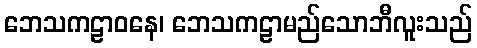
ဘေသကဠာဝနေ၊ ဘေသကဠာမည်သောဘီလူးသည်